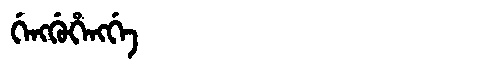
Manchu: ᡤᡝᠩᡤᡠᡥᡝᠩᡤᡝ
Romanization: GENGGUHENGGE